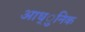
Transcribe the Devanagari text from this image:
आध्ुनिक